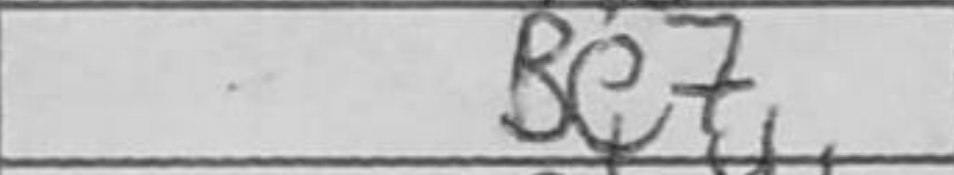
Transcription: Be7